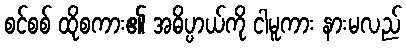
စင်စစ် ထိုစကား၏ အဓိပ္ပာယ်ကို ငါမူကား နားမလည်